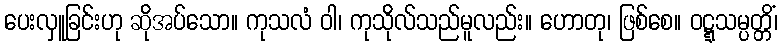
ပေးလှူခြင်းဟု ဆိုအပ်သော။ ကုသလံ ဝါ၊ ကုသိုလ်သည်မူလည်း။ ဟောတု၊ ဖြစ်စေ။ ဝဋ္ဋသမ္ပတ္တိံ၊